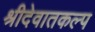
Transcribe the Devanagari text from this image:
श्रीदेवातकल्प